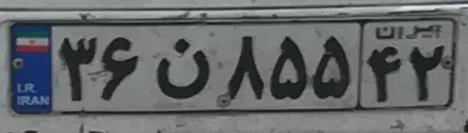
۳۶ن۸۵۵۴۲